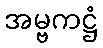
အမ္ဗကဋ္ဌံ